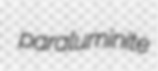
paraluminite